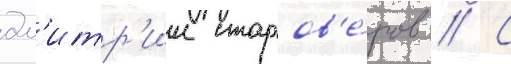
дм'итр'ии старов'е́ров // С